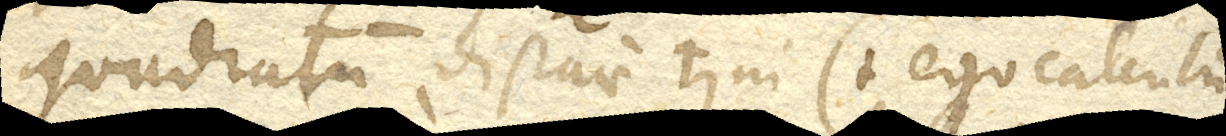
quadratum distantiae >ni. (+ Ego calculum